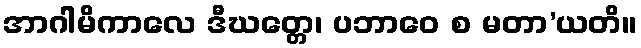
အာဂါမိကာလေ ဒီဃတ္တေ၊ ပဘာဝေ စ မတာ’ယတိ။